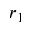
r _ { 1 }